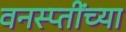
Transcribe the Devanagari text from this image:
वनस्प्तींच्या